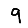
Digit: 9